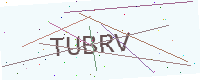
Text: TUBRV